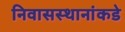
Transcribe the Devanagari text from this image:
निवासस्थानांकडे